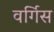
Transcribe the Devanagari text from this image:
वर्गिस